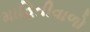
માહિતીવાળો